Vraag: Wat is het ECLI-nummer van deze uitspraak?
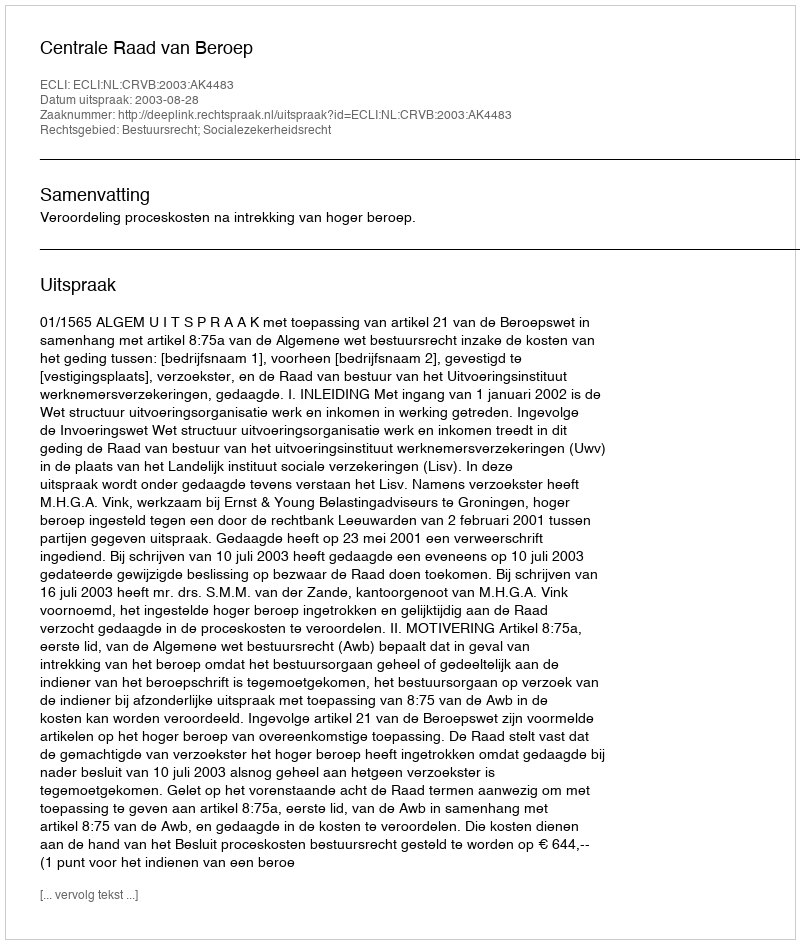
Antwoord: ECLI:NL:CRVB:2003:AK4483